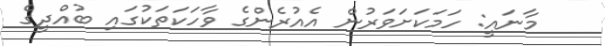
މާނައީ: ހަމަކަށަވަރުން އެއުރެންގެ ވާހަކަތަކުގައި ބުއްދީގެ